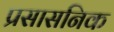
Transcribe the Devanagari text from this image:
प्रसासनिक